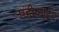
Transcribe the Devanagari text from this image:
एडीफाइंग